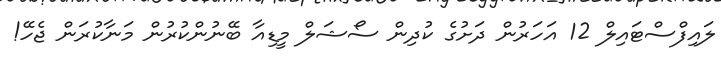
ލައިފްސްޓައިލް 12 އަހަރުން ދަށުގެ ކުދިން ސޯޝަލް މީޑިއާ ބޭނުންކުރުން މަނާކުރަން ޖެހޭ!